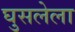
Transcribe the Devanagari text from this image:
घुसलेला